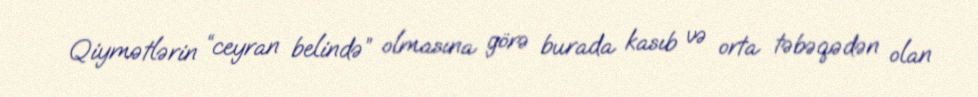
Qiymətlərin “ceyran belində” olmasına görə burada kasıb və orta təbəqədən olan